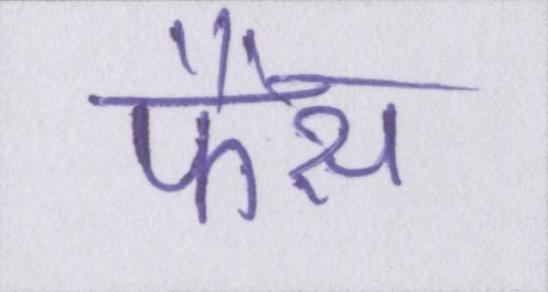
फैंस